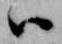
ハ